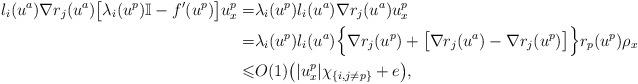
LaTeX: \begin{align*}l_i(u^a) \nabla r_j(u^a) \big[\lambda_i(u^p)\mathbb{I} - f'(u^p)\big] u^p_x=&\lambda_i(u^p) l_i(u^a) \nabla r_j(u^a) u^p_x\\=& \lambda_i(u^p) l_i(u^a)\Big\{\nabla r_j(u^p) + \big[\nabla r_j(u^a) - \nabla r_j(u^p)\big]\Big\} r_p(u^p)\rho_x\\\leqslant&O(1) \big(|u^p_x| \chi_{\{i,j \neq p\}}+e\big),\end{align*}